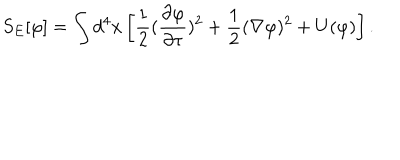
LaTeX: S _ { E } [ \varphi ] = \int d ^ { 4 } { x } \left[ { \frac { 1 } { 2 } } ( { \frac { \partial \varphi } { \partial \tau } } ) ^ { 2 } + { \frac { 1 } { 2 } } ( \nabla \varphi ) ^ { 2 } + U ( \varphi ) \right] .